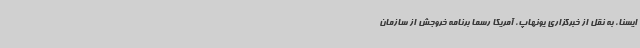
ایسنا، به نقل از خبرگزاری یونهاپ، آمریکا رسما برنامه خروجش از سازمان